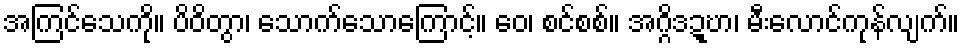
အကြင်သေကို။ ပိဝိတွာ၊ သောက်သောကြောင့်။ ဝေ၊ စင်စစ်။ အဂ္ဂိဒဍ္ဎာ၊ မီးလောင်ကုန်လျက်။